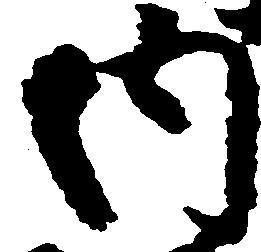
内